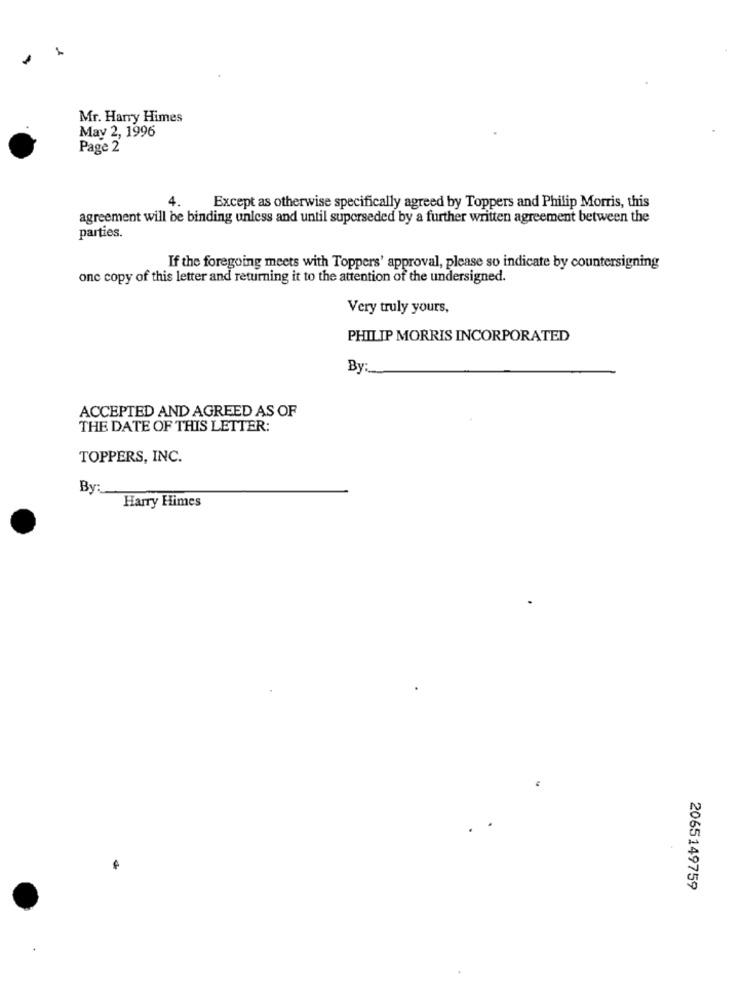
.
Mr. Harry Himes
May 2, 1996
Page 2
Except as otherwise specifically agreed by Toppers and Philip Morris, this
agreement will be binding unless and until superseded by a further written agreement between the
parties.
If the foregoing meets with Toppers' approval, please so indicate by countersigning
one copy of this letter and returning it to the attention of the undersigned.
Very truly yours,
PHILIP MORRIS INCORPORATED
By:
ACCEPTED AND AGREED AS OF
THE DATE OF THIS LETTER:
TOPPERS, INC.
By:
Harry Himes
2065149759